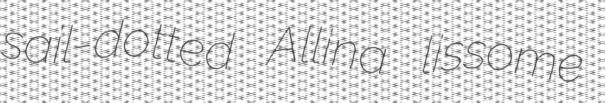
sail-dotted Allina lissome